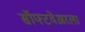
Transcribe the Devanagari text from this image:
सॉफ्टवेअरला